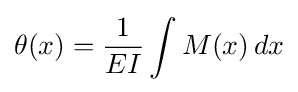
\theta (x)={\frac {1}{EI}}\int M(x)\,dx